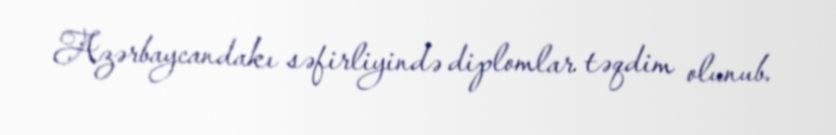
Azərbaycandakı səfirliyində diplomlar təqdim olunub.